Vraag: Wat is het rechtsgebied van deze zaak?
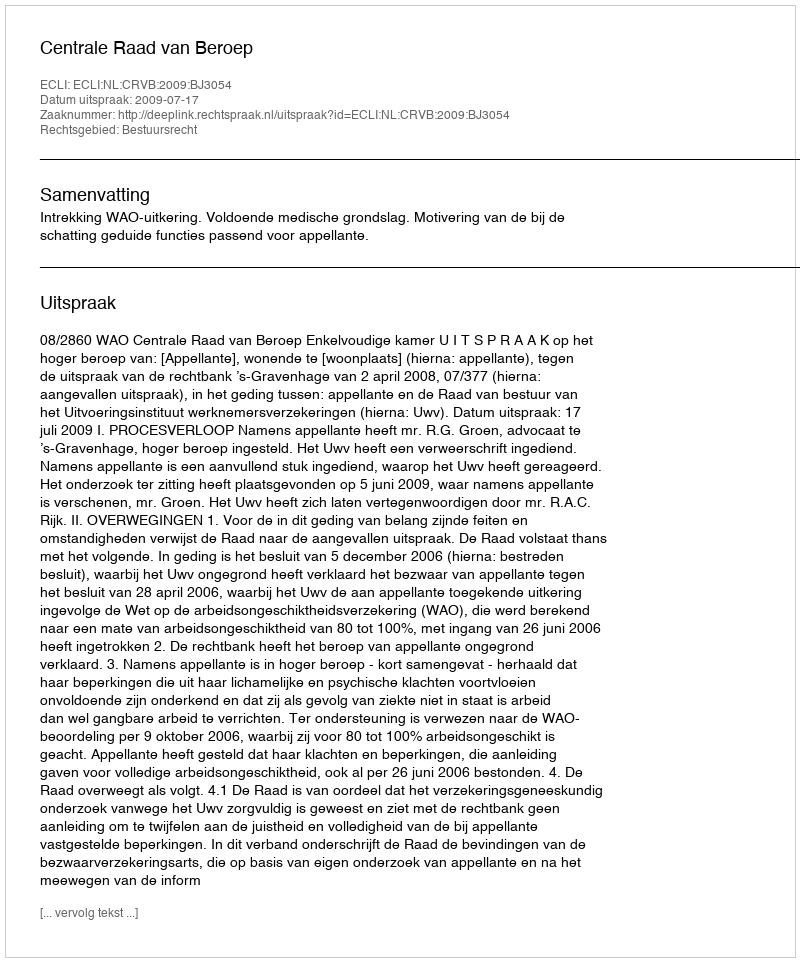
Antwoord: Bestuursrecht